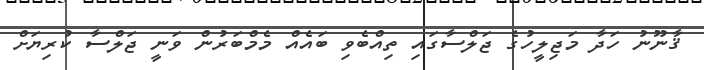
ޤާނޫނު ހަދާ މަޖިލީހުގެ ޖަލްސާގައި ތިއްބެވި ބައެއް މެމްބަރުން ވަނީ ޖަލްސާ ކުރިޔަށް